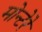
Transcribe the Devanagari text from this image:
मोन्टेरे